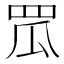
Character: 罛